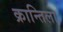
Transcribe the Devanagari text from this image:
क्रान्तिला